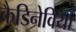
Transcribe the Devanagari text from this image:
कैडिनेविया